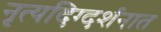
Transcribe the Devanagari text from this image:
नृत्यदिग्दर्शनात